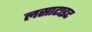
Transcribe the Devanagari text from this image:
लसाटाइट